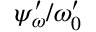
{ \psi } _ { \omega } ^ { \prime } / \omega _ { 0 } ^ { \prime }